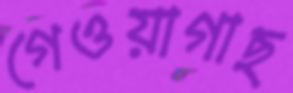
গেওয়াগাছ